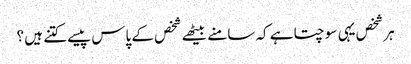
ہر شخص یہی سوچتا ہے کہ سامنے بیٹھے شخص کے پاس پیسے کتنے ہیں ؟